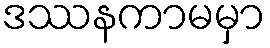
ဒဿနကာမမှာ